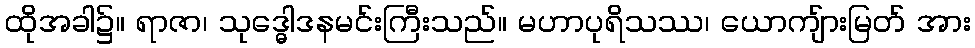
ထိုအခါ၌။ ရာဇာ၊ သုဒ္ဓေါဒနမင်းကြီးသည်။ မဟာပုရိသဿ၊ ယောကျ်ားမြတ် အား